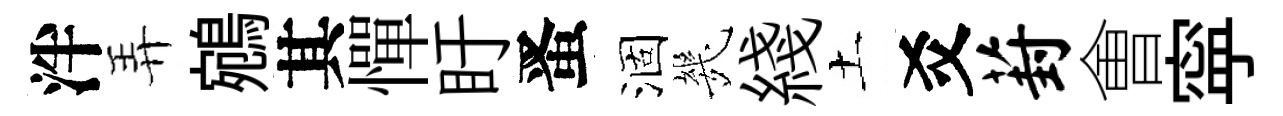
泮弄鵷其憚盱󱉠涸㡬綫土爻葑㑹寜